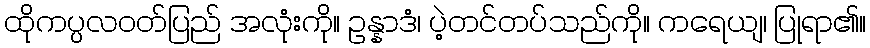
ထိုကပ္ပလဝတ်ပြည် အလုံးကို။ ဥန္နာဒံ၊ ပဲ့တင်တပ်သည်ကို။ ကရေယျ၊ ပြုရာ၏။